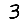
Digit: 3